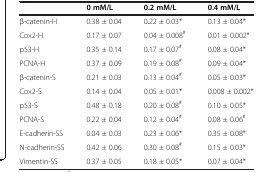
<table><thead><tr><td><b> </b></td><td><b>0 mM/L</b></td><td><b>0.2 mM/L</b></td><td><b>0.4 mM/L</b></td></tr></thead><tbody><tr><td>β-catenin-H</td><td>0.38 ± 0.04</td><td>0.22 ± 0.03*</td><td>0.13 ± 0.04*</td></tr><tr><td>Cox2-H</td><td>0.17 ± 0.07</td><td>0.04 ± 0.008<sup>#</sup></td><td>0.01 ± 0.002*</td></tr><tr><td>p53-H</td><td>0.35 ± 0.14</td><td>0.17 ± 0.07<sup>#</sup></td><td>0.08 ± 0.04*</td></tr><tr><td>PCNA-H</td><td>0.37 ± 0.09</td><td>0.19 ± 0.08<sup>#</sup></td><td>0.09 ± 0.04*</td></tr><tr><td>β-catenin-S</td><td>0.21 ± 0.03</td><td>0.13 ± 0.04<sup>#</sup></td><td>0.05 ± 0.03*</td></tr><tr><td>Cox2-S</td><td>0.14 ± 0.04</td><td>0.05 ± 0.01*</td><td>0.008 ± 0.002*</td></tr><tr><td>p53-S</td><td>0.48 ± 0.18</td><td>0.20 ± 0.08<sup>#</sup></td><td>0.10 ± 0.05*</td></tr><tr><td>PCNA-S</td><td>0.22 ± 0.04</td><td>0.12 ± 0.04<sup>#</sup></td><td>0.08 ± 0.06<sup>#</sup></td></tr><tr><td>E-cadherin-SS</td><td>0.04 ± 0.03</td><td>0.23 ± 0.06*</td><td>0.35 ± 0.08*</td></tr><tr><td>N-cadherin-SS</td><td>0.42 ± 0.06</td><td>0.30 ± 0.08<sup>#</sup></td><td>0.15 ± 0.03*</td></tr><tr><td>Vimentin-SS</td><td>0.37 ± 0.05</td><td>0.18 ± 0.05*</td><td>0.07 ± 0.04*</td></tr></tbody></table>